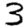
Digit: 3